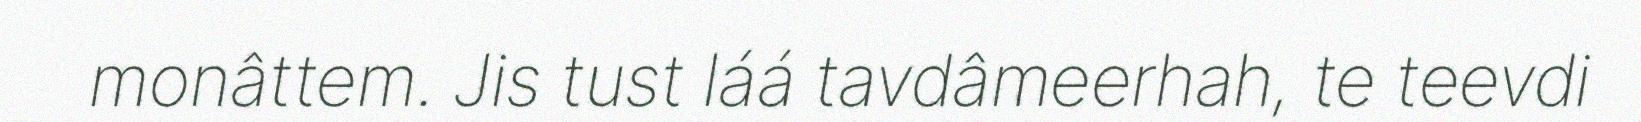
monâttem. Jis tust láá tavdâmeerhah, te teevdi